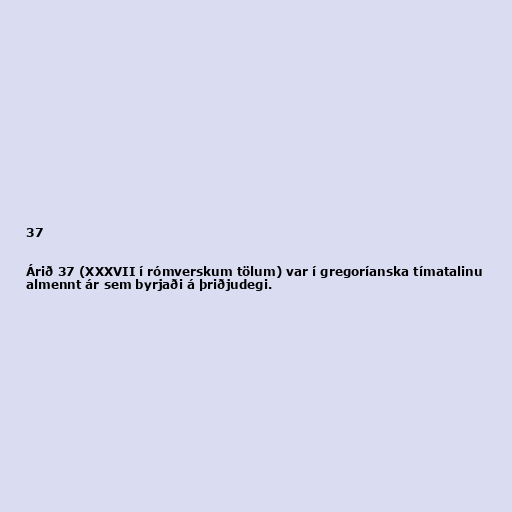
37

Árið 37 (XXXVII í rómverskum tölum) var í gregoríanska tímatalinu
almennt ár sem byrjaði á þriðjudegi.